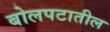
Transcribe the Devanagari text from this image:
बोलपटातील